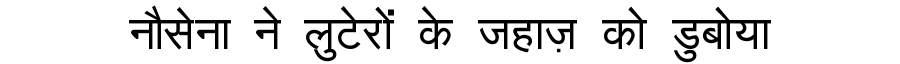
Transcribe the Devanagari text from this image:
नौसेना ने लुटेरों के जहाज़ को डुबोया